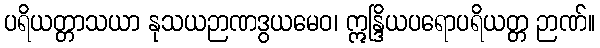
ပရိယတ္တာသယာ နုသယဉာဏဒွယမေဝ၊ ဣန္ဒြိယပရောပရိယတ္တ ဉာဏ်။